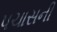
પચાસની